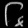
Digit: ၆